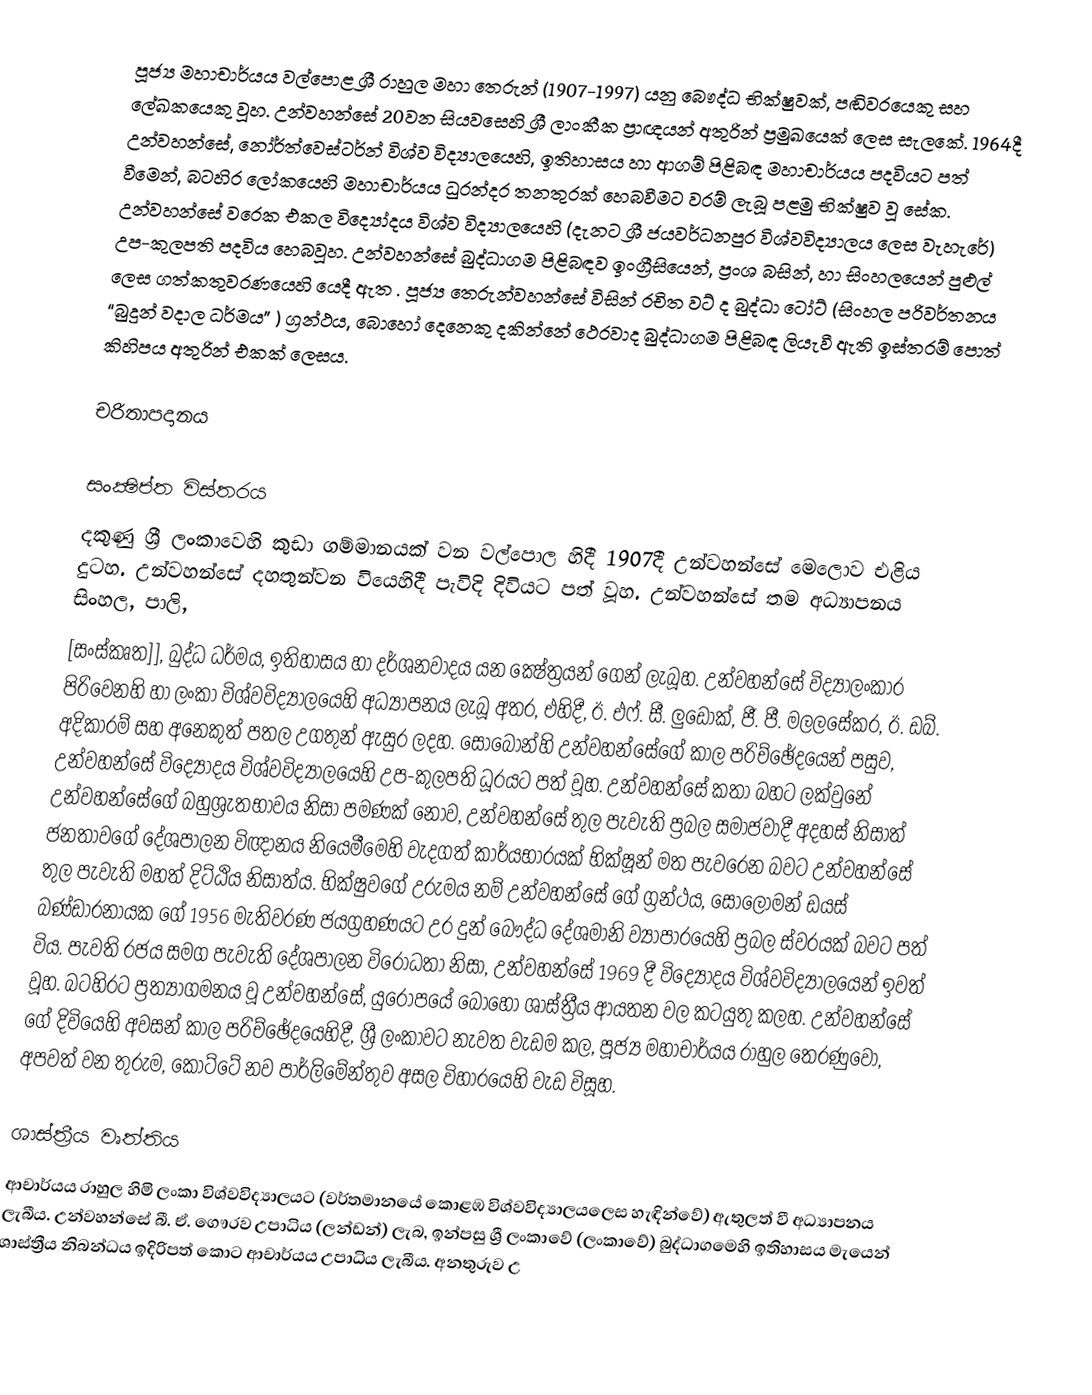
පූජ්‍ය මහාචාර්යය වල්පොළ ශ්‍රී රාහුල මහා තෙරුන් (1907-1997) යනු බෞද්ධ භික්ෂුවක්, පඬිවරයෙකු සහ ලේඛකයෙකු වූහ. උන්වහන්සේ 20වන සියවසෙහි  ශ්‍රී ලාංකීක ප්‍රාඥයන් අතුරින් ප්‍රමුඛයෙක් ලෙස සැලකේ. 1964දී උන්වහන්සේ, නෝර්ත්වෙස්ටර්න් විශ්ව විද්‍යාලයෙහි, ඉතිහාසය හා ආගම් පිළිබඳ මහාචාර්යය පදවියට පත් වීමෙන්, බටහිර ලෝකයෙහි මහාචාර්යය ධුරන්දර තනතුරක් හෙබවීමට වරම් ලැබූ පළමු  භික්ෂුව වූ සේක. උන්වහන්සේ වරෙක එකල විද්‍යෝදය විශ්ව විද්‍යාලයෙහි (දැනට ශ්‍රී ජයවර්ධනපුර විශ්වවිද්‍යාලය ලෙස වැහැරේ) උප-කුලපති පදවිය හෙබවූහ. උන්වහන්සේ බුද්ධාගම පිළිබඳව ඉංග්‍රීසියෙන්, ප්‍රංශ බසින්, හා සිංහලයෙන් පුළුල් ලෙස ගත්කතුවරණයෙහි යෙදී ඇත . පූජ්‍ය තෙරුන්වහන්සේ විසින් රචිත වට් ද බුද්ධා ටෝට් (සිංහල පරිවර්තනය “බුදුන් වදාල ධර්මය” ) ග්‍රන්ථය, බොහෝ දෙනෙකු දකින්නේ  ථෙරවාද බුද්ධාගම  පිළිබඳ ලියැවී ඇති ඉස්තරම් පොත් කිහිපය අතුරින් එකක් ලෙසය.

චරිතාපදානය

සංක්‍ෂිප්ත විස්තරය
දකුණු ශ්‍රී ලංකාවෙහි කුඩා ගම්මානයක් වන වල්පොල හිදී 1907දී උන්වහන්සේ මෙලොව එළිය දුටහ. උන්වහන්සේ දහතුන්වන වියෙහිදී පැවිදි දිවියට පත් වූහ. උන්වහන්සේ  තම අධ්‍යාපනය සිංහල, පාලි,
[සංස්කෘත]], බුද්ධ ධර්මය, ඉතිහාසය හා දර්ශනවාදය යන ක්‍ෂේත්‍රයන් ගෙන් ලැබූහ. උන්වහන්සේ  විද්‍යාලංකාර පිරිවෙනහි හා ලංකා විශ්වවිද්‍යාලයෙහි අධ්‍යාපනය ලැබූ අතර, එහිදී,  ඊ. එෆ්. සී. ලුඩොක්, ජී. පී. මලලසේකර, ඊ. ඩබ්. අදිකාරම් සහ අනෙකුත් පතල උගතුන් ඇසුර ලදහ. සෝබෝන්හි උන්වහන්සේගේ කාල පරිච්ඡේදයෙන් පසුව, උන්වහන්සේ  විද්‍යෝදය විශ්වවිද්‍යාලයෙහි උප-කුලපති ධූරයට පත් වූහ. උන්වහන්සේ කතා බහට ලක්වුනේ උන්වහන්සේගේ  බහුශ්‍රැතභාවය නිසා පමණක් නොව, උන්වහන්සේ  තුල පැවැති ප්‍රබල සමාජවාදී අදහස් නිසාත් ජනතාවගේ දේශපාලන විඥානය නියෙමීමෙහි වැදගත් කාර්යභාරයක් භික්ෂූන් මත පැවරෙන බවට උන්වහන්සේ  තුල පැවැති මහත් දිට්ඨිය නිසාත්ය. භික්ෂුවගේ උරුමය නම් උන්වහන්සේ ගේ ග්‍රන්ථය, සොලොමන් ඩයස් බණ්ඩාරනායක ගේ 1956 මැතිවරණ ජයග්‍රහණයට උර දුන් බෞද්ධ දේශමානි ව්‍යාපාරයෙහි ප්‍රබල ස්වරයක් බවට පත් විය.  පැවති රජය සමග පැවැති දේශපාලන විරෝධතා නිසා, උන්වහන්සේ  1969 දී විද්‍යෝදය විශ්වවිද්‍යාලයෙන් ඉවත් වූහ. බටහිරට ප්‍රත්‍යාගමනය වූ උන්වහන්සේ, යුරෝපයේ බොහෝ ශාස්ත්‍රීය ආයතන වල කටයුතු කලහ. උන්වහන්සේ ගේ දිවියෙහි අවසන් කාල පරිච්ඡේදයෙහිදී, ශ්‍රී ලංකාවට නැවත වැඩම කල, පූජ්‍ය මහාචාර්යය  රාහුල තෙරණුවෝ, අපවත් වන තුරුම, කෝට්ටේ නව පාර්ලිමේන්තුව අසල විහාරයෙහි වැඩ විසූහ.

ශාස්ත්‍රීය වෘත්තිය
ආචාර්යය  රාහුල හිමි  ලංකා විශ්වවිද්‍යාල‍යට (වර්තමානයේ කොළඹ විශ්වවිද්‍යාලයලෙස හැඳින්වේ) ඇතුලත් වී අධ්‍යාපනය ලැබීය. උන්වහන්සේ බී. ඒ. ගෞරව උපාධිය (ලන්ඩන්) ලැබ, ඉන්පසු ශ්‍රී ලංකාවේ (ලංකාවේ) බුද්ධාගමෙහි ඉතිහාසය මැයෙන් ශාස්ත්‍රීය නිබන්ධය ඉදිරිපත් කොට ආචාර්යය උපාධිය ලැබීය. අනතුරුව උ